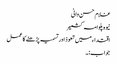
غلام حسن وانی
نیوہ پلوامہ کشمیر
اقتداء میں تعوذ اور تسمیہ پڑھنے کا عمل
جواب:۔